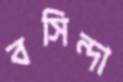
বসিন্দা